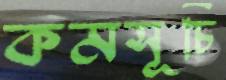
কমসূচি